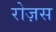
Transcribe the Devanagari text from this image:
रोज़स